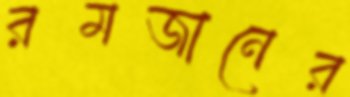
রমজানের